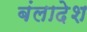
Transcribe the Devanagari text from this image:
बंलादेश